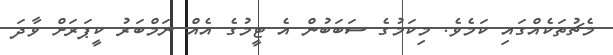
މެޗުތަކެއްގައި ކަމެވެ. މިކަމުގެ ސަބަބުން އެ ޓީމުގެ އެއް ނަމްބަރު ކީޕަރަށް ވާދަ